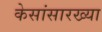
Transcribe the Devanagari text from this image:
केसांसारख्या